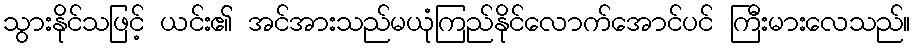
သွားနိုင်သဖြင့် ယင်း၏ အင်အားသည်မယုံကြည်နိုင်လောက်အောင်ပင် ကြီးမားလေသည်။